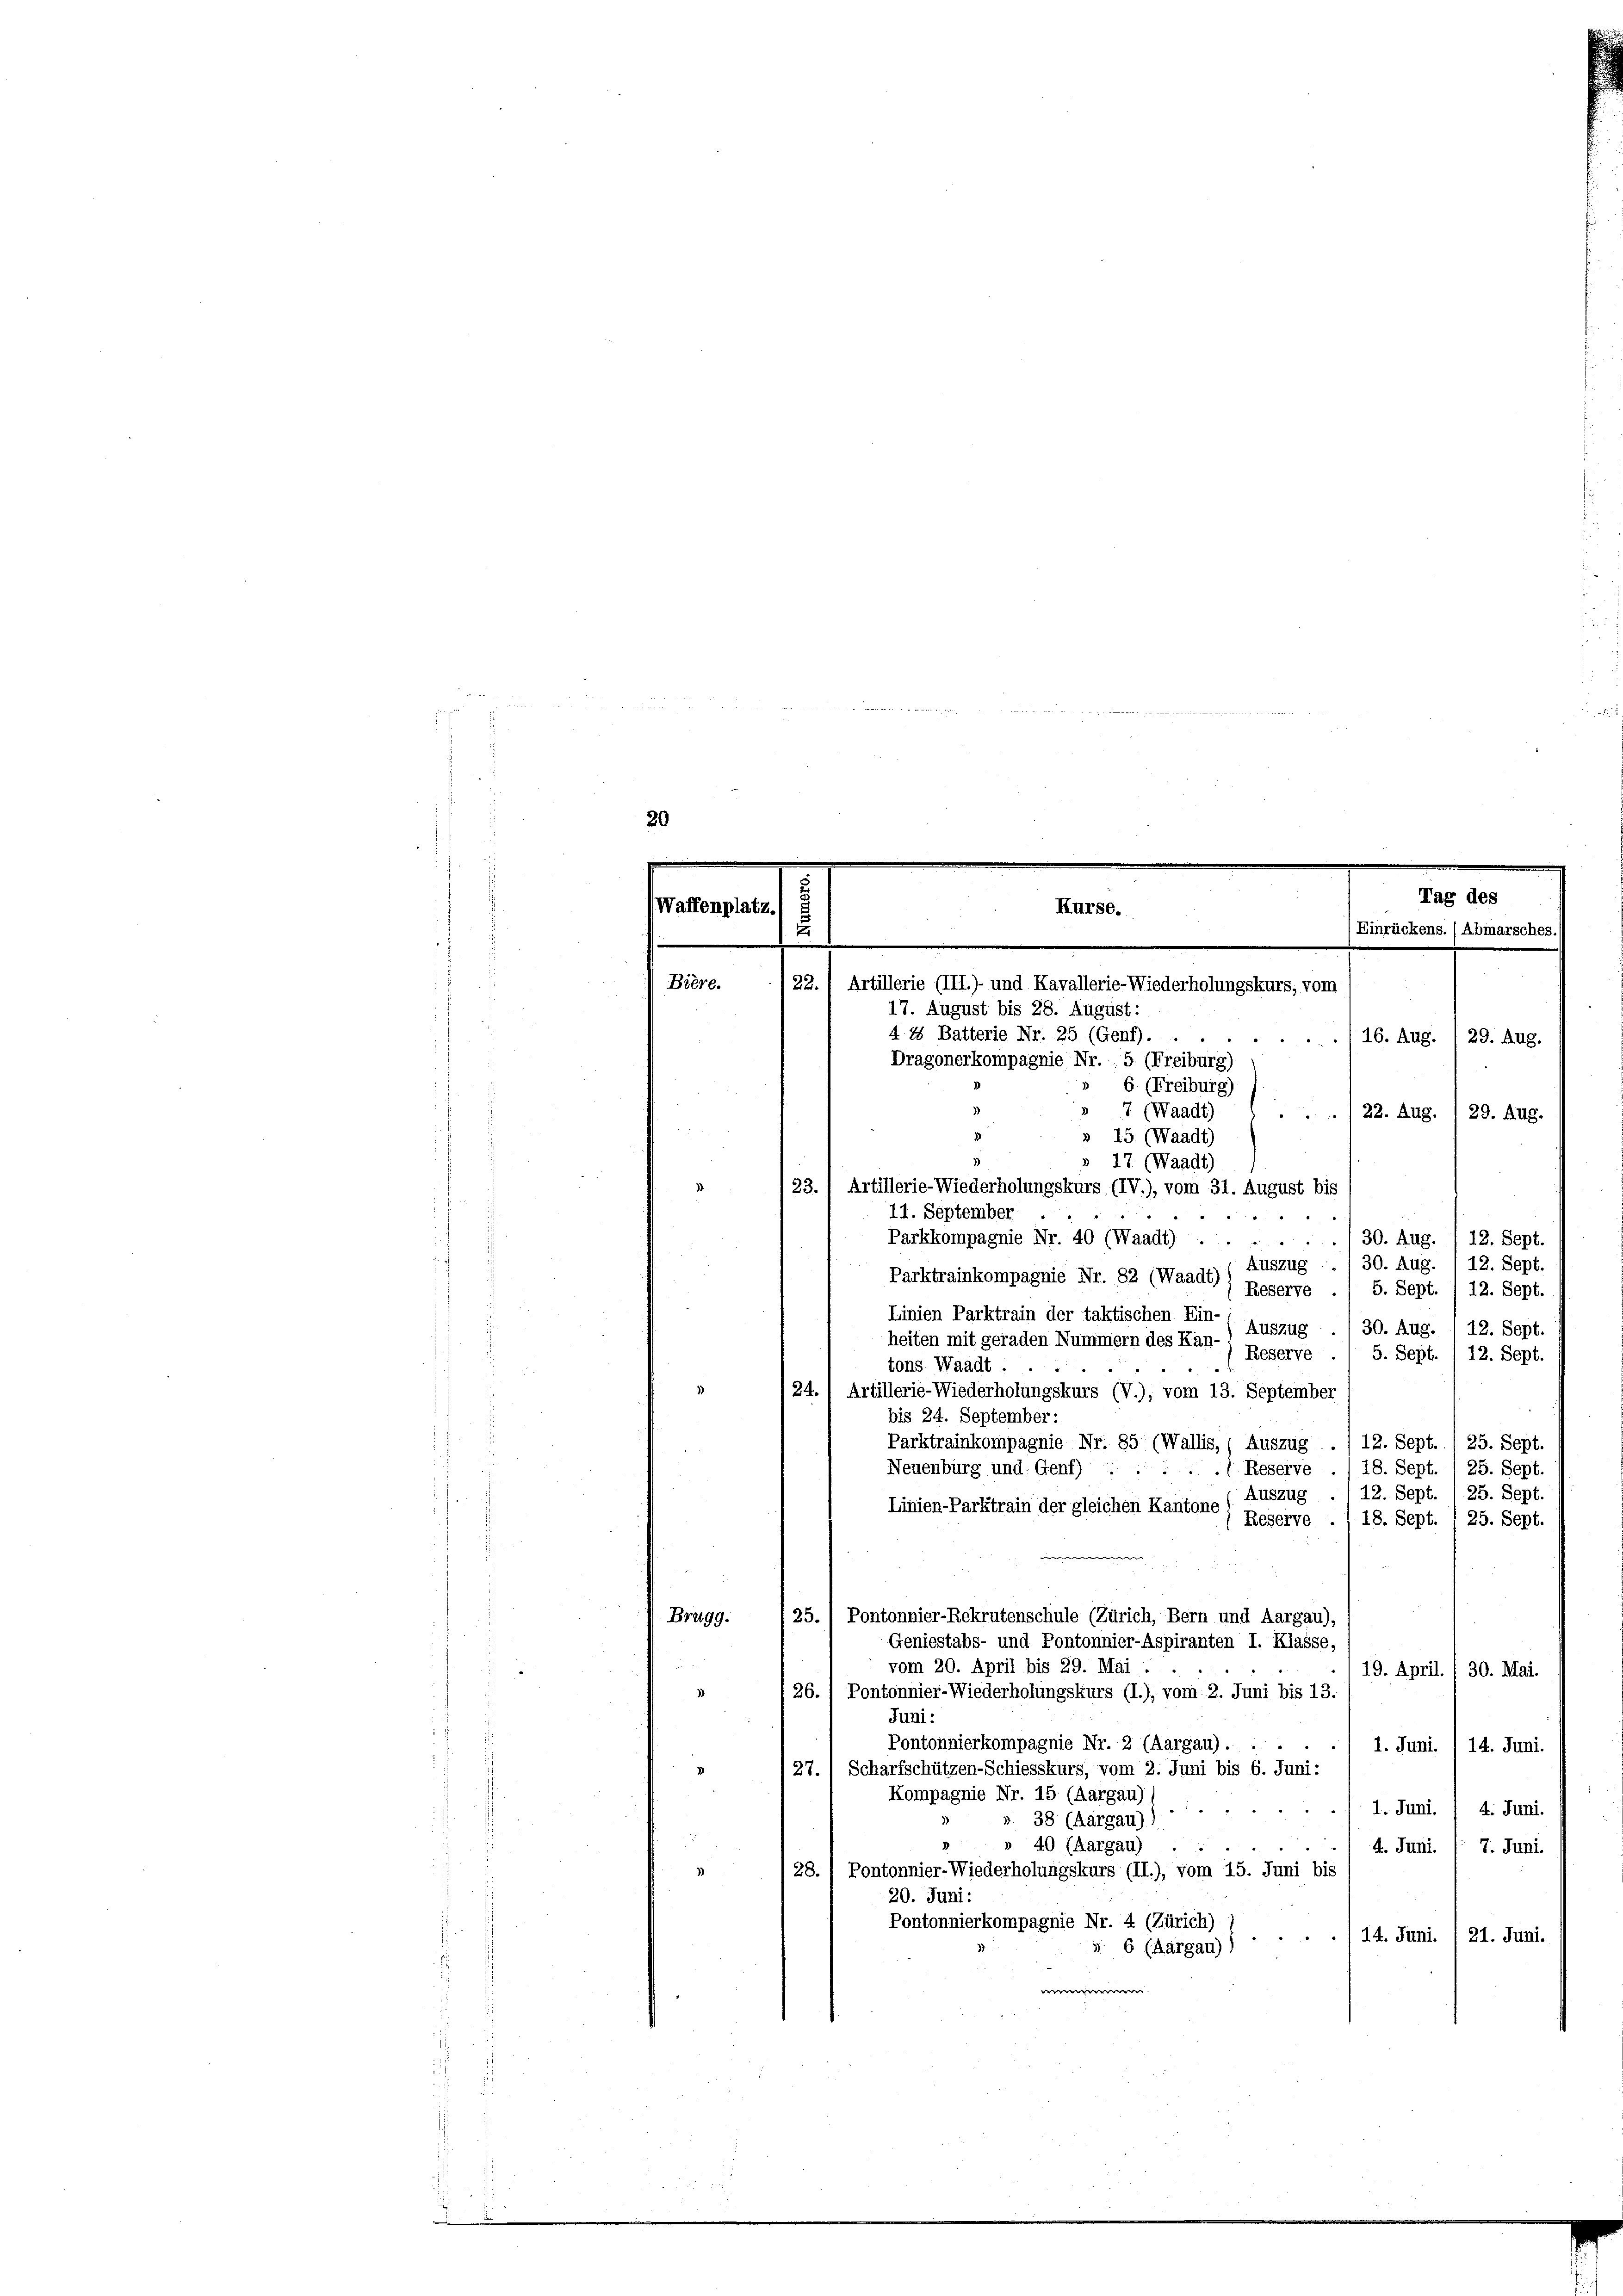
Waffenplatz.
.

Bière.

Brugg.

3

Dragonerkompagnie Nr. 5. (Freiburg)
6. (Freiburg)
3
7 (Waadt)
/22. Aug.
29. Aug.
» 15. (Waadt)
» 17 (Waadt)
23. 1 Artillerie-Wiederholungskurs (IV.), vom 31. August bis
:
e
./30. Aug. . 12. Sept.
30. Aug.
12. Sept.
Auszug
Parktrainkompagnie Nr. 82 (Waadt)
5. Sept.
Reserve
12. Sept.
Linien Parktrain der taktischen Ein-
Auszug
30. Aug.
12. Sept.
heiten mit geraden Nummern des Kan-
Reserve ./ 5. Sept. /12. Sept.
tons Waadt.
124. 1 Artillerie-Wiederholungskurs (V.), vom 13. September
bis 24. September:
Parktrainkompagnie Nr. 85 (Wallis, Auszug ./ 12. Sept., 25. Sept.
Neuenburg und Genf) . . . . . Reserve ./ 18. Sept./25. Sept.
Auszug ./ 12. Sept. 1 25. Sept.
Linien-Parktrain der gleichen Kantone
Reserve ./ 18. Sept. 1 25. Sept.
25./ Pontonnier-Rekrutenschule (Zürich, Bern und Aargau),
Geniestabs- und Pontonnier-Aspiranten I. Klasse,
vom 20. April bis 29. Mai.
19. April. / 30. Mai.
 26. 1 Pontonnier-Wiederholungskurs (I.), vom 2. Juni bis 13.
Juni:
Pontonnierkompagnie Nr. 2 (Aargau).
1. Juni. 1 14. Juni.
27. 1 Scharfschützen-Schiesskurs, vom 2. Juni bis 6. Juni:
Kompagnie Nr. 15 (Aargau)
 f 0 x xx
1. Juni. 4. Juni.
». 38 (Aargau),
 40 (Aargau) ..
4. Juni. ( 7. Juni.
28. 1 Pontonnier-Wiederholungskurs (II.), vom 15. Juni bis
20. Juni:
Pontonnierkompagnie Nr. 4 (Zürich)
114. Juni. 1 21. Juni.
s. 6 (Aargau))
e

/22.
17. August bis 28. August:
4 4 Batterie Nr. 25. (Genf) . . .
11. September
Parkkompagnie Nr. 40 (Waadt)

Kurse.
Artillerie (III.)- und Kavallerie-Wiederholungskurs, vom

Tag des
Einrückens. (Abmarsches.)
16. Aug. 1 29. Aug.